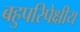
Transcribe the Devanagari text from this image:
बहुपरिपेक्षीय